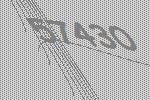
57430